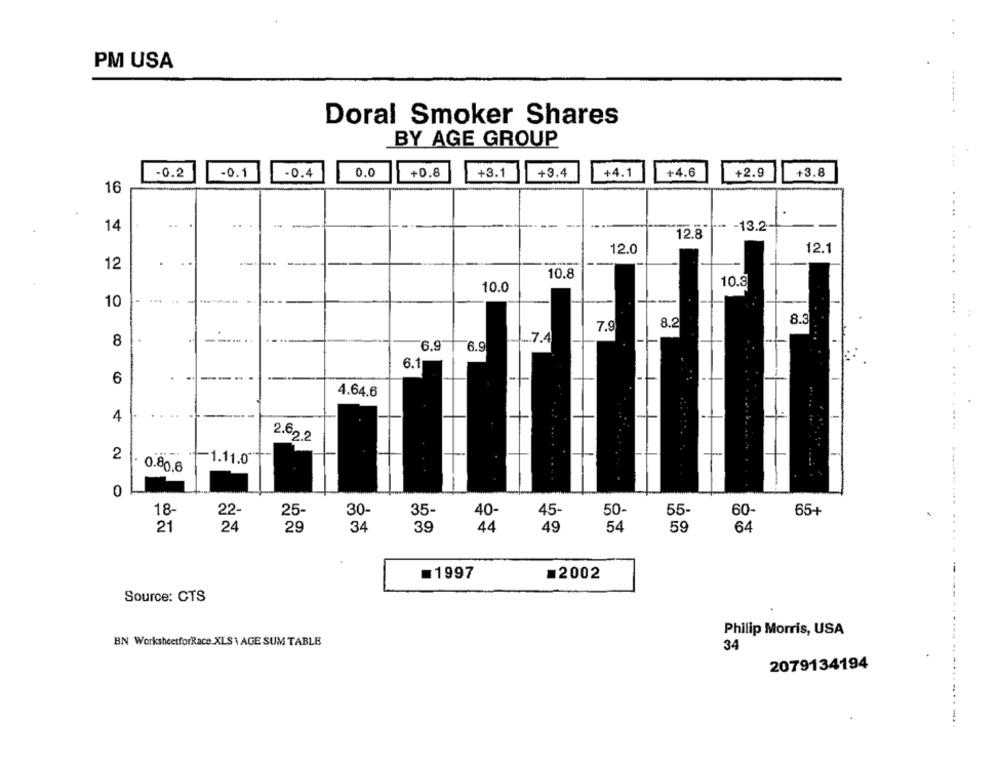
PM USA
Doral Smoker Shares
BY AGE GROUP
-0.2
-0.1
-0.4
0.0
+0.8
+3.1
+3.4
+4.1
+4.6
+2.9
+3.8
16
14
..
---- - 13.2
12.8
12.0
12.1
12
10.8
10.3
10.0
10
--
8.3
7.9
8.2
8
-... 7.4
6.9
6.9
6.1
6
--
4.64.6
4
2.622
2
0.80 6
-1.11.0
0
18-
25-
55
60-
65+
30-
35-
40-
45-
50-
24
29
54
64
21
34
39
44
49
59
=1997
=2002
Source: CTS
Philip Morris, USA
BN WorksheetforRace.XLS\ AGE SUM TABLE
34
2079134194
.....